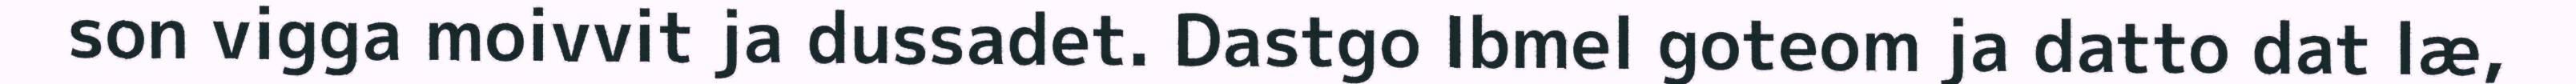
son vigga moivvit ja dussadet. Dastgo Ibmel goteom ja datto dat læ,